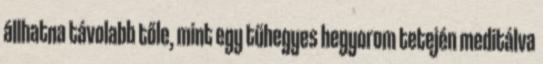
állhatna távolabb tőle, mint egy tűhegyes hegyorom tetején meditálva